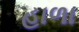
હાળા